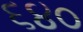
૬૪૦